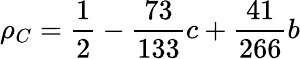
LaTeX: \rho_{C}=\frac{1}{2}-\frac{73}{133}c+\frac{41}{266}b